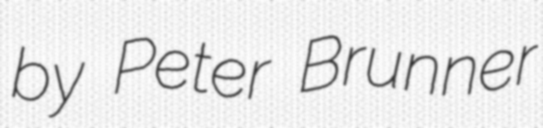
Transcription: by Peter Brunner